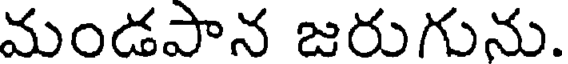
మండపాన జరుగును.